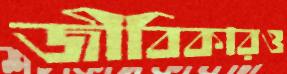
জীবিকারও